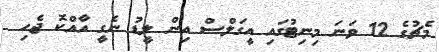
މެޗުގެ 12 ވަނަ މިނިޓުގައި އީގަލްސް އިން ލީޑު ނެގީ އާއްކޮ ޖެހި